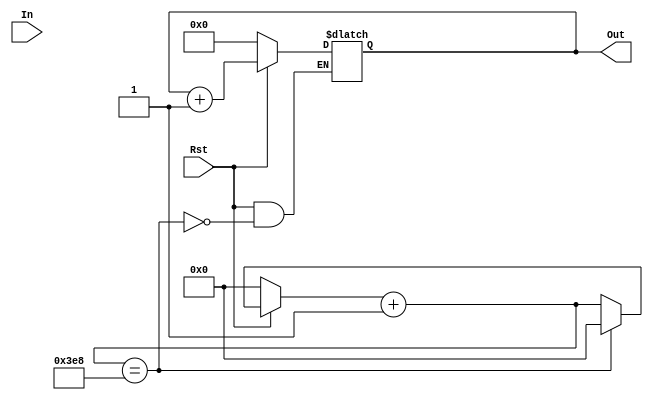
module Timer1msto1s(In,Out,Rst);
input [20:0]In;
input Rst;
output[10:0] Out;
reg [10:0] Out;
reg [11:0]X;
always @(In)
 begin
  if (Rst==0)
   begin
    Out<=0;
    X<=0;
   end
 else
  begin
   X=X+1;
    if (X==1000)
     begin
      Out<=Out+1;
      X<=0;
     end
   end
 end
endmodule